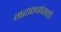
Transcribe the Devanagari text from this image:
मराठ्यांसाठी